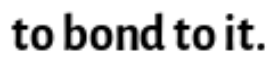
to bond to it.